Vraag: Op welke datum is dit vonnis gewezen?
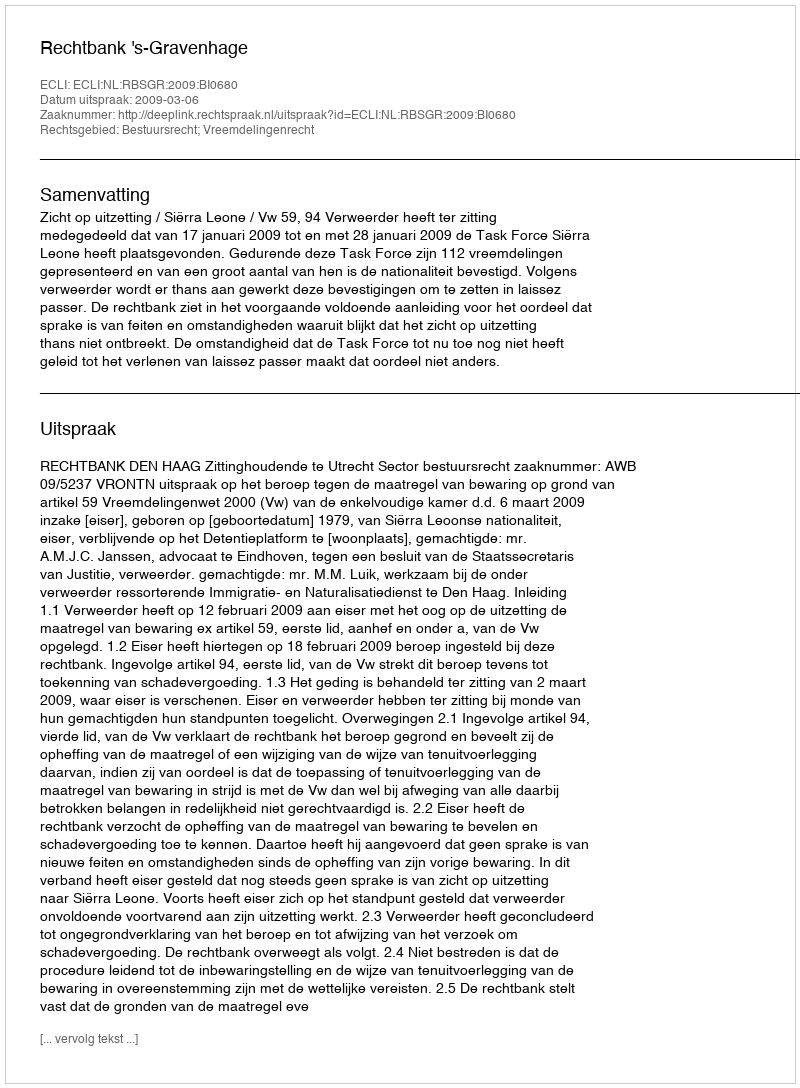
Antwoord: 2009-03-06